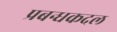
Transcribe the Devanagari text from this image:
प्रबन्धकदल